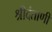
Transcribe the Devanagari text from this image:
श्रीदंताणी